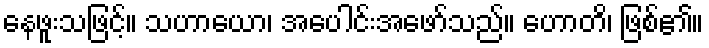
နေဖူးသဖြင့်။ သဟာယော၊ အပေါင်းအဖော်သည်။ ဟောတိ၊ ဖြစ်၏။